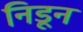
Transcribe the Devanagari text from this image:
निडून